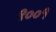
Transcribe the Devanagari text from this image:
९००१